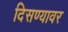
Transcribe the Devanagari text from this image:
दिसण्यावर